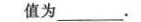
值为___.